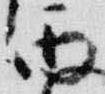
丙